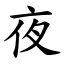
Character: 夜